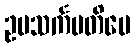
ဥပသင်္ကမတိပေ